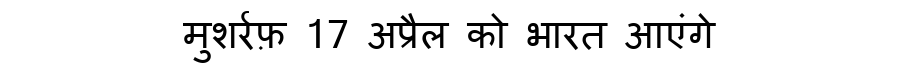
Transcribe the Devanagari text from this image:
मुशर्रफ़ 17 अप्रैल को भारत आएंगे